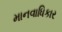
માનવાધિકાર